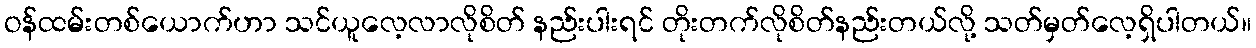
ဝန်ထမ်းတစ်ယောက်ဟာ သင်ယူလေ့လာလိုစိတ် နည်းပါးရင် တိုးတက်လိုစိတ်နည်းတယ်လို့ သတ်မှတ်လေ့ရှိပါတယ်။